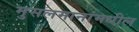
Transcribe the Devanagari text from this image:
मुसलमानांमधील